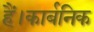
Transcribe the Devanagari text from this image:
हैं।कार्बनिक